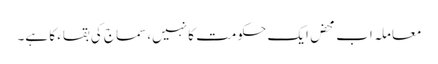
معاملہ اب محض ایک حکومت کا نہیں،سماج کی بقاء کا ہے۔